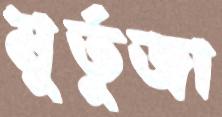
মুর্তুজা